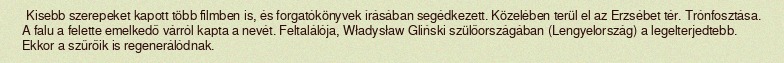
Kisebb szerepeket kapott több filmben is, és forgatókönyvek írásában segédkezett. Közelében terül el az Erzsébet tér. Trónfosztása. A falu a felette emelkedő várról kapta a nevét. Feltalálója, Władysław Gliński szülőországában (Lengyelország) a legelterjedtebb. Ekkor a szűrőik is regenerálódnak.